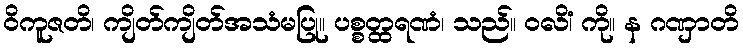
ဝိကူဇတိ၊ ကျိတ်ကျိတ်အသံမပြု။ ပစ္စတ္ထရဏံ၊ သည်။ ဝလိံ၊ ကို။ န ဂဏှာတိ